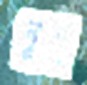
নূপু